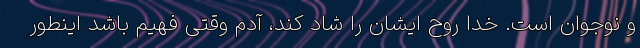
و نوجوان است. خدا روح ایشان را شاد کند، آدم وقتی فهیم باشد اینطور